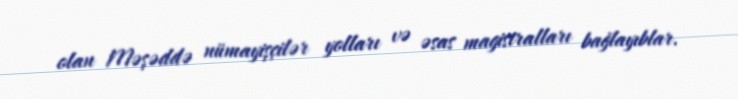
olan Məşəddə nümayişçilər yolları və əsas magistralları bağlayıblar.